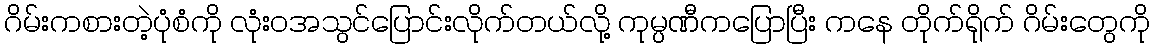
ဂိမ်းကစားတဲ့ပုံစံကို လုံးဝအသွင်ပြောင်းလိုက်တယ်လို့ ကုမ္ပဏီကပြောပြီး ကနေ တိုက်ရိုက် ဂိမ်းတွေကို